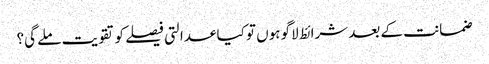
ضمانت کے بعد شرائط لاگو ہوں تو کیا عدالتی فیصلے کو تقویت ملے گی؟